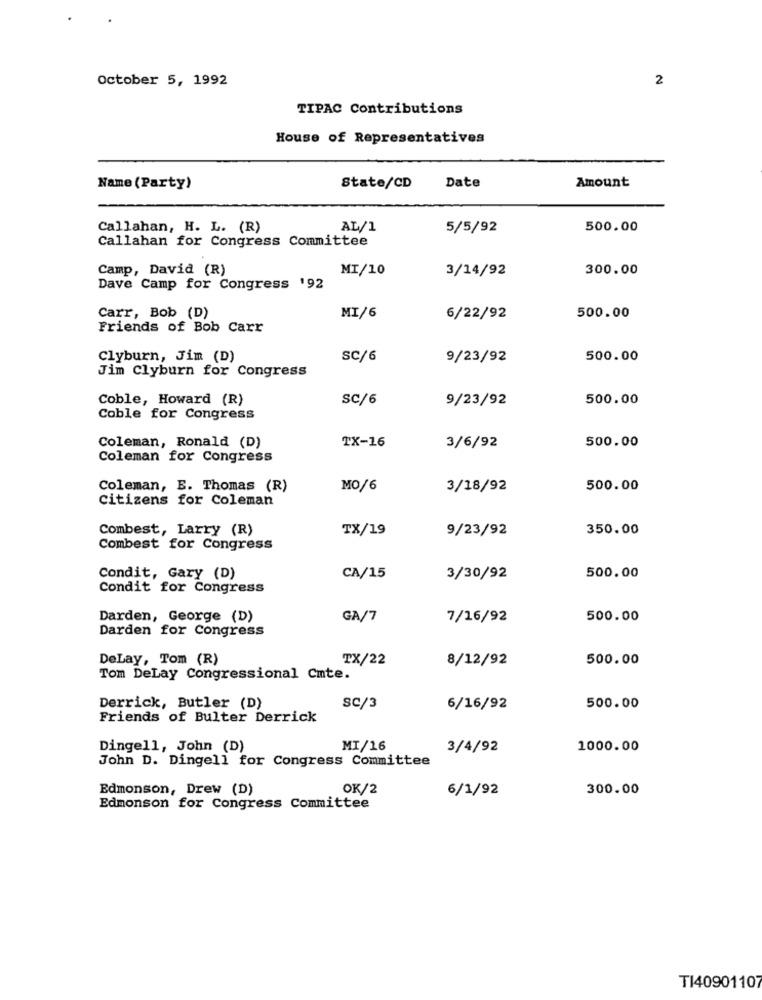
October 5, 1992
2
TIPAC Contributions
House of Representatives
Amount
Name (Party)
State/CD
Date
Callahan, H. L. (R)
AL/1
5/5/92
500.00
Callahan for Congress Committee
Camp, David (R)
MI/10
3/14/92
300.00
Dave Camp for Congress '92
MI/6
Carr, Bob (D)
6/22/92
500.00
Friends of Bob Carr
Clyburn, Jim (D)
SC/6
9/23/92
500.00
Jim Clyburn for Congress
Coble, Howard (R)
SC/6
9/23/92
500.00
Coble for Congress
500.00
Coleman, Ronald (D)
TX-16
3/6/92
Coleman for Congress
Coleman, E. Thomas (R)
MO/6
3/18/92
500.00
Citizens for Coleman
Combest, Larry (R)
TX/19
9/23/92
350.00
Combest for Congress
Condit, Gary (D)
CA/15
3/30/92
500.00
Condit for Congress
Darden, George (D)
GA/7
7/16/92
500.00
Darden for Congress
DeLay, Tom (R)
TX/22
8/12/92
500.00
Tom DeLay Congressional Cmte.
Derrick, Butler (D)
SC/3
6/16/92
500.00
Friends of Bulter Derrick
Dingell, John (D)
MI/16
3/4/92
1000.00
John D. Dingell for Congress Committee
Edmonson, Drew (D)
OK/2
6/1/92
300.00
Edmonson for Congress Committee
TI40901107